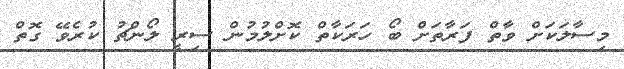
މިސާލަކަށް ވާތް ފަރާތަށް ބޯ ހަރަކާތް ކޮށްލުމުން ސިރީ ލޯންޗު ކުރެވޭ ގޮތް